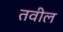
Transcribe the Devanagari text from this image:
तवील